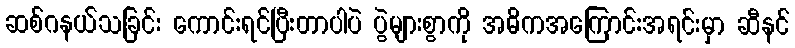
ဆစ်ဂနယ်သခြင်း ကောင်းရင်ပြီးတာပါပဲ ပွဲများစွာကို အဓိကအကြောင်းအရင်းမှာ ဆီနင်